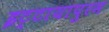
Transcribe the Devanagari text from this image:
इट्टायापुरम